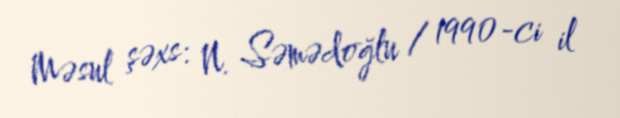
Məsul şəxs: N. Səmədoğlu / 1990-ci il